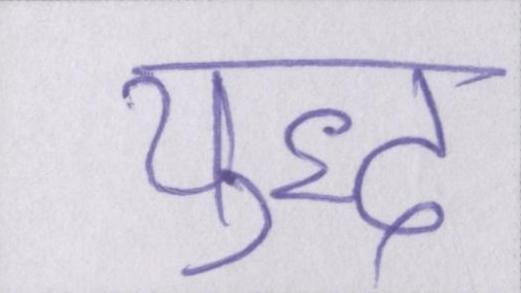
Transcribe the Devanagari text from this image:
युद्ध